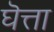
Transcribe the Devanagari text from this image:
घॆत्ता